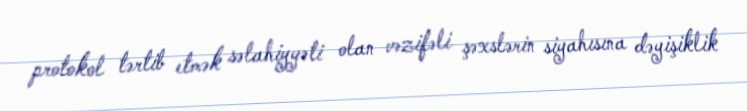
protokol tərtib etmək səlahiyyəti olan vəzifəli şəxslərin siyahısına dəyişiklik